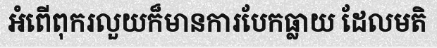
អំពើពុករលួយក៏មានការបែកធ្លាយ ដែលមតិ